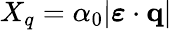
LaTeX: X_{q}=\alpha_{0}|\boldsymbol{\varepsilon}\cdot{\mathbf{q}}|